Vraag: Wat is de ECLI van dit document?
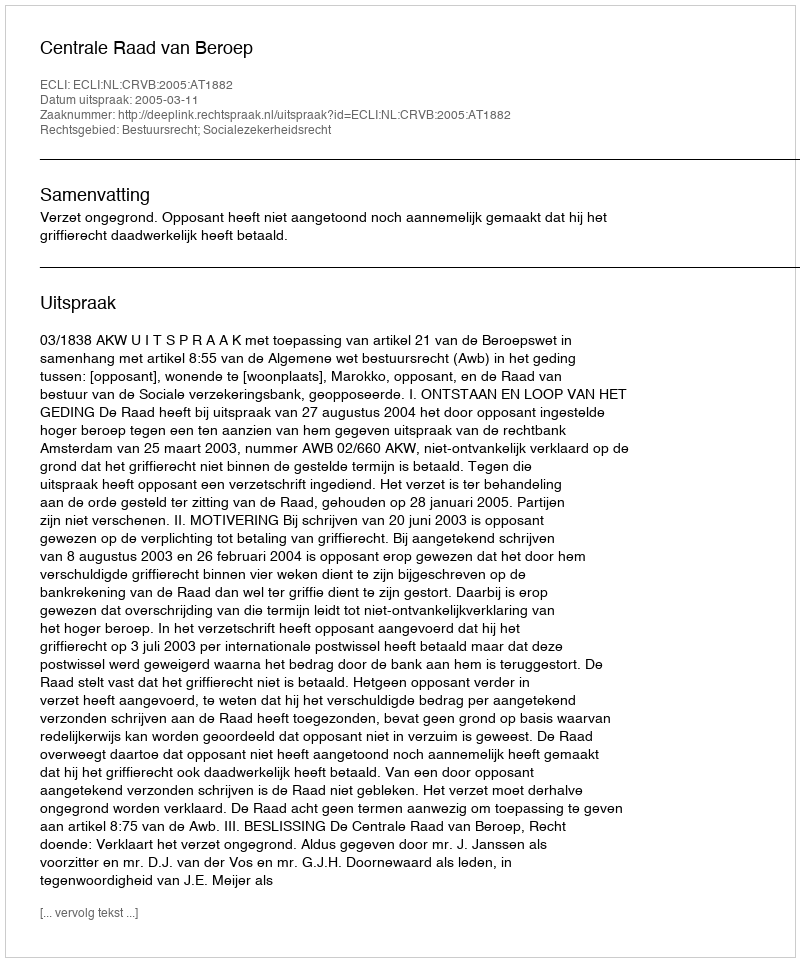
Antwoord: ECLI:NL:CRVB:2005:AT1882